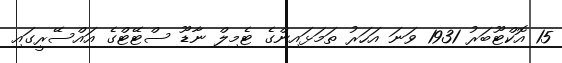
15 އޮކްޓޫބަރު 1931 ވަނަ އަހަރު ތަމަޅައިންގެ ޓެމިލް ނާޑޫ ސްޓޭޓްގެ އައްސޭރީގައި